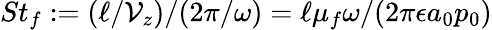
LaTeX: St_{f}:=(\ell/\mathcal{V}_{z})/(2\pi/\omega)=\ell\mu_{f}\omega/(2\pi\epsilon a_{0}p_{0})